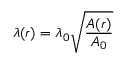
\lambda ( r ) = \lambda _ { 0 } \sqrt { \frac { A ( r ) } { A _ { 0 } } }